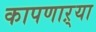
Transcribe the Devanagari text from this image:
कापणाऱ्या